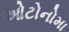
ઓટોનોમા